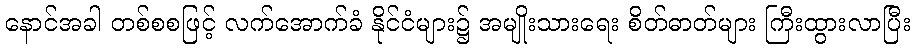
နောင်အခါ တစ်စစဖြင့် လက်အောက်ခံ နိုင်ငံများ၌ အမျိုးသားရေး စိတ်ဓာတ်များ ကြီးထွားလာပြီး